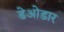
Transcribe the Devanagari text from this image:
डेओडार